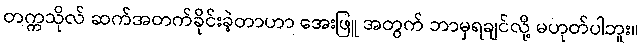
တက္ကသိုလ် ဆက်အတက်ခိုင်းခဲ့တာဟာ အေးဖြူ အတွက် ဘာမှရချင်လို့ မဟုတ်ပါဘူး။